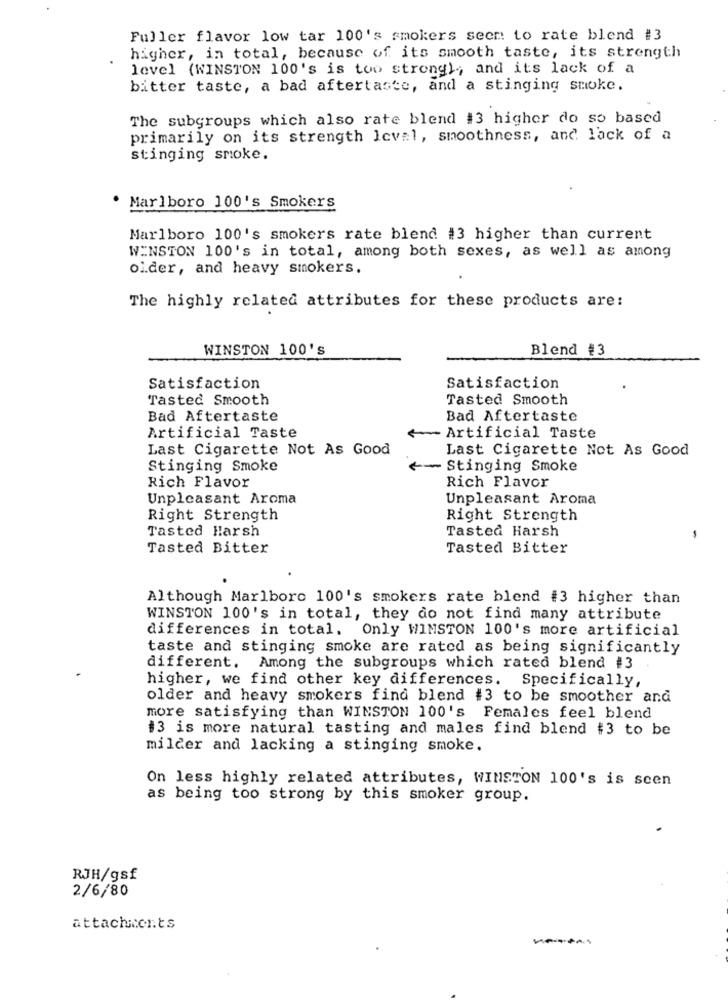
Fuller flavor low tar 100's smokers seem to rate blend #3
higher, in total, because of its smooth taste, its strength
level (WINSTON 100's is too strong), and its lack of a
bitter taste, a bad aftertaste, and a stinging smoke.
The subgroups which also rate blend #3 higher do so based
primarily on its strength Icv=1, smoothness, and lack of a
stinging smoke.
Marlboro 100's Smokers
Marlboro 100's smokers rate blend #3 higher than current
WINSTON 100's in total, among both sexes, as well as among
oi.der, and heavy smokers.
The highly related attributes for these products are:
WINSTON 100'S
Blend #3
Satisfaction
Satisfaction
Tasted Smooth
Tasted Smooth
Bad Aftertaste
Bad Aftertaste
Artificial Taste
-- Artificial Taste
Last Cigarette Not As Good
Last Cigarette Not As Good
Stinging Smoke
- Stinging Smoke
Rich Flavor
Rich Flavor
Unpleasant Aroma
Unpleasant Aroma
Right Strength
Right Strength
Tasted Harsh
Tasted Harsh
-
Tasted Bitter
Tasted Bitter
Although Marlboro 100's smokers rate blend #3 higher than
WINSTON 100's in total, they do not find many attribute
differences in total. Only WINSTON 100's more artificial
taste and stinging smoke are rated as being significantly
different. Among the subgroups which rated blend #3
higher, we find other key differences. Specifically,
older and heavy smokers find blend #3 to be smoother and
more satisfying than WINSTON 100's Females feel blend
$3 is more natural tasting and males find blend #3 to be
milder and lacking a stinging smoke.
On less highly related attributes, WINSTON 100's is scen
as being too strong by this smoker group.
RJH/gsf
2/6/80
attachments